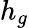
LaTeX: h_{g}